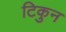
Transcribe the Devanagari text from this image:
टिकुन